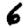
Digit: 6